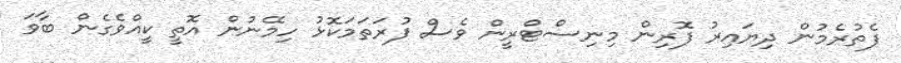
ފެތުރެމުން ދިޔައިރު ފޮރިން މިނިސްޓްރީން ވެސް ފުރަތަމަކޮޅު ހިމޭނުން އޮތީ ކީއްވެގެން ބާވަ